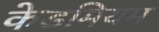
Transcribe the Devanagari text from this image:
केडमियम